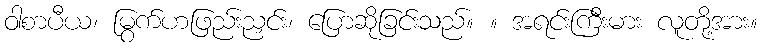
ဝါစာပီယ၊ မြွက်ဟဖြည်းညှင်း၊ ပြောဆိုခြင်းသည်။ ။ အရင်းကြီးမား လူတို့အား။